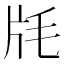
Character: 㲏